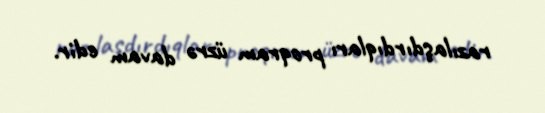
razılaşdırdıqları proqram üzrə davam edir.